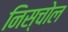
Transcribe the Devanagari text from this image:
निस्चोल